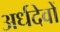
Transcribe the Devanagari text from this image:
अर्धदेवों